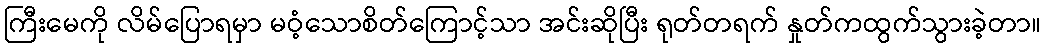
ကြီးမေကို လိမ်ပြောရမှာ မဝံ့သောစိတ်ကြောင့်သာ အင်းဆိုပြီး ရုတ်တရက် နှုတ်ကထွက်သွားခဲ့တာ။